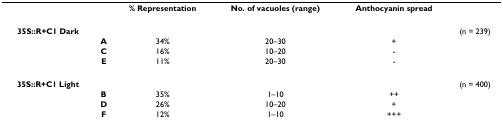
|  |  | % Representation | No. of vacuoles (range) | Anthocyanin spread |  |
 | --- | --- | --- | --- | --- | --- |
 | 35S::R+C1 Dark |  |  |  |  | (n = 239) |
 |  | A | 34% | 20–30 | + |  |
 |  | C | 16% | 10–20 | - |  |
 |  | E | 11% | 20–30 | - |  |
 | 35S::R+C1 Light |  |  |  |  | (n = 400) |
 |  | B | 35% | 1–10 | ++ |  |
 |  | D | 26% | 10–20 | + |  |
 |  | F | 12% | 1–10 | +++ |  |